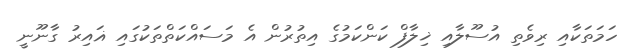
ހަމަތަކާއި ރިވެތި އުސޫލާއި ޚިލާފް ކަންކަމުގެ އިތުރުން އެ މަސައްކަތްތަކުގައި ޣައިރު ގާނޫނީ